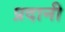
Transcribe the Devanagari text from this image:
प्रदानी